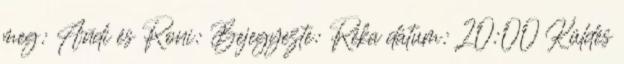
meg: Andi és Roni: Bejegyezte: Réka dátum: 20:00 Küldés